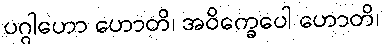
ပဂ္ဂါဟော ဟောတိ၊ အဝိက္ခေပေါ ဟောတိ၊